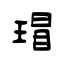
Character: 瑁